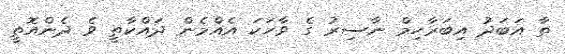
ތާ އަަަަަަަަބަދު އިބަރާހިމް ނާސިރު ގެ ވާހަކަ އެއްމެން ދައްކާތީ ވެ ދެންއޮތީ